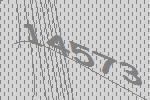
14573